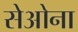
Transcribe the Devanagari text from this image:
सेओना